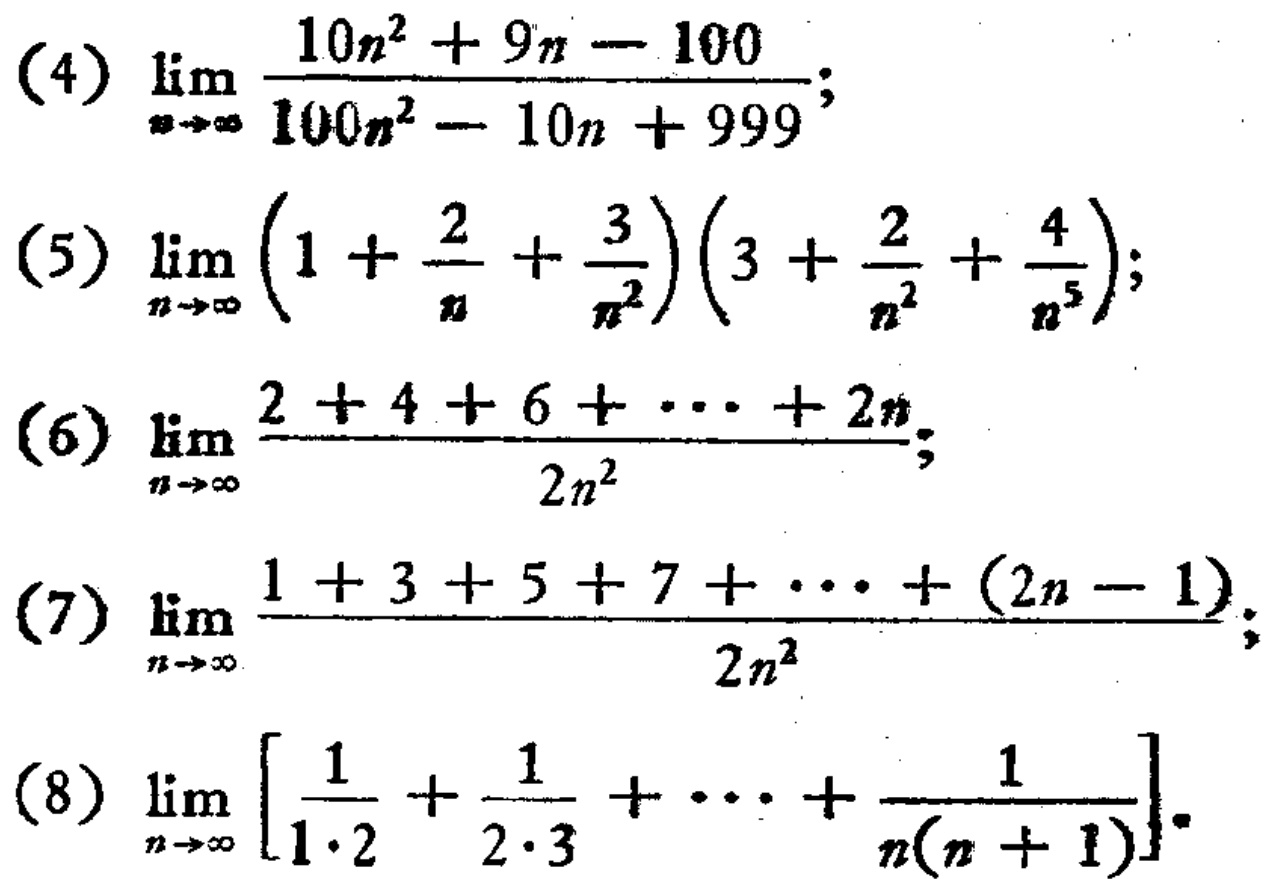
(4) \(\lim_{n \to \infty} \frac{10n^{2}+9n - 100}{100n^{2}-10n + 999}\);

(5) \(\lim_{n \to \infty} \left(1+\frac{2}{n}+\frac{3}{n^{2}}\right)\left(3+\frac{2}{n^{2}}+\frac{4}{n^{5}}\right)\);

(6) \(\lim_{n \to \infty} \frac{2 + 4+6+\cdots+2n}{2n^{2}}\);

(7) \(\lim_{n \to \infty} \frac{1 + 3+5+7+\cdots+(2n - 1)}{2n^{2}}\);

(8) \(\lim_{n \to \infty} \left[\frac{1}{1\cdot2}+\frac{1}{2\cdot3}+\cdots+\frac{1}{n(n + 1)}\right]\)